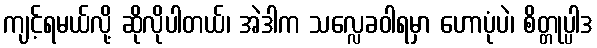
ကျင့်ရမယ်လို့ ဆိုလိုပါတယ်၊ အဲဒါက သလ္လေခဝါရမှာ ဟောပုံပဲ၊ စိတ္တုပ္ပါဒ